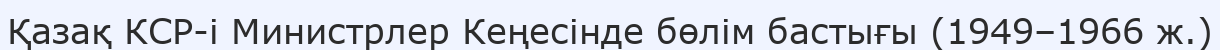
Қазақ КСР-і Министрлер Кеңесінде бөлім бастығы (1949–1966 ж.)